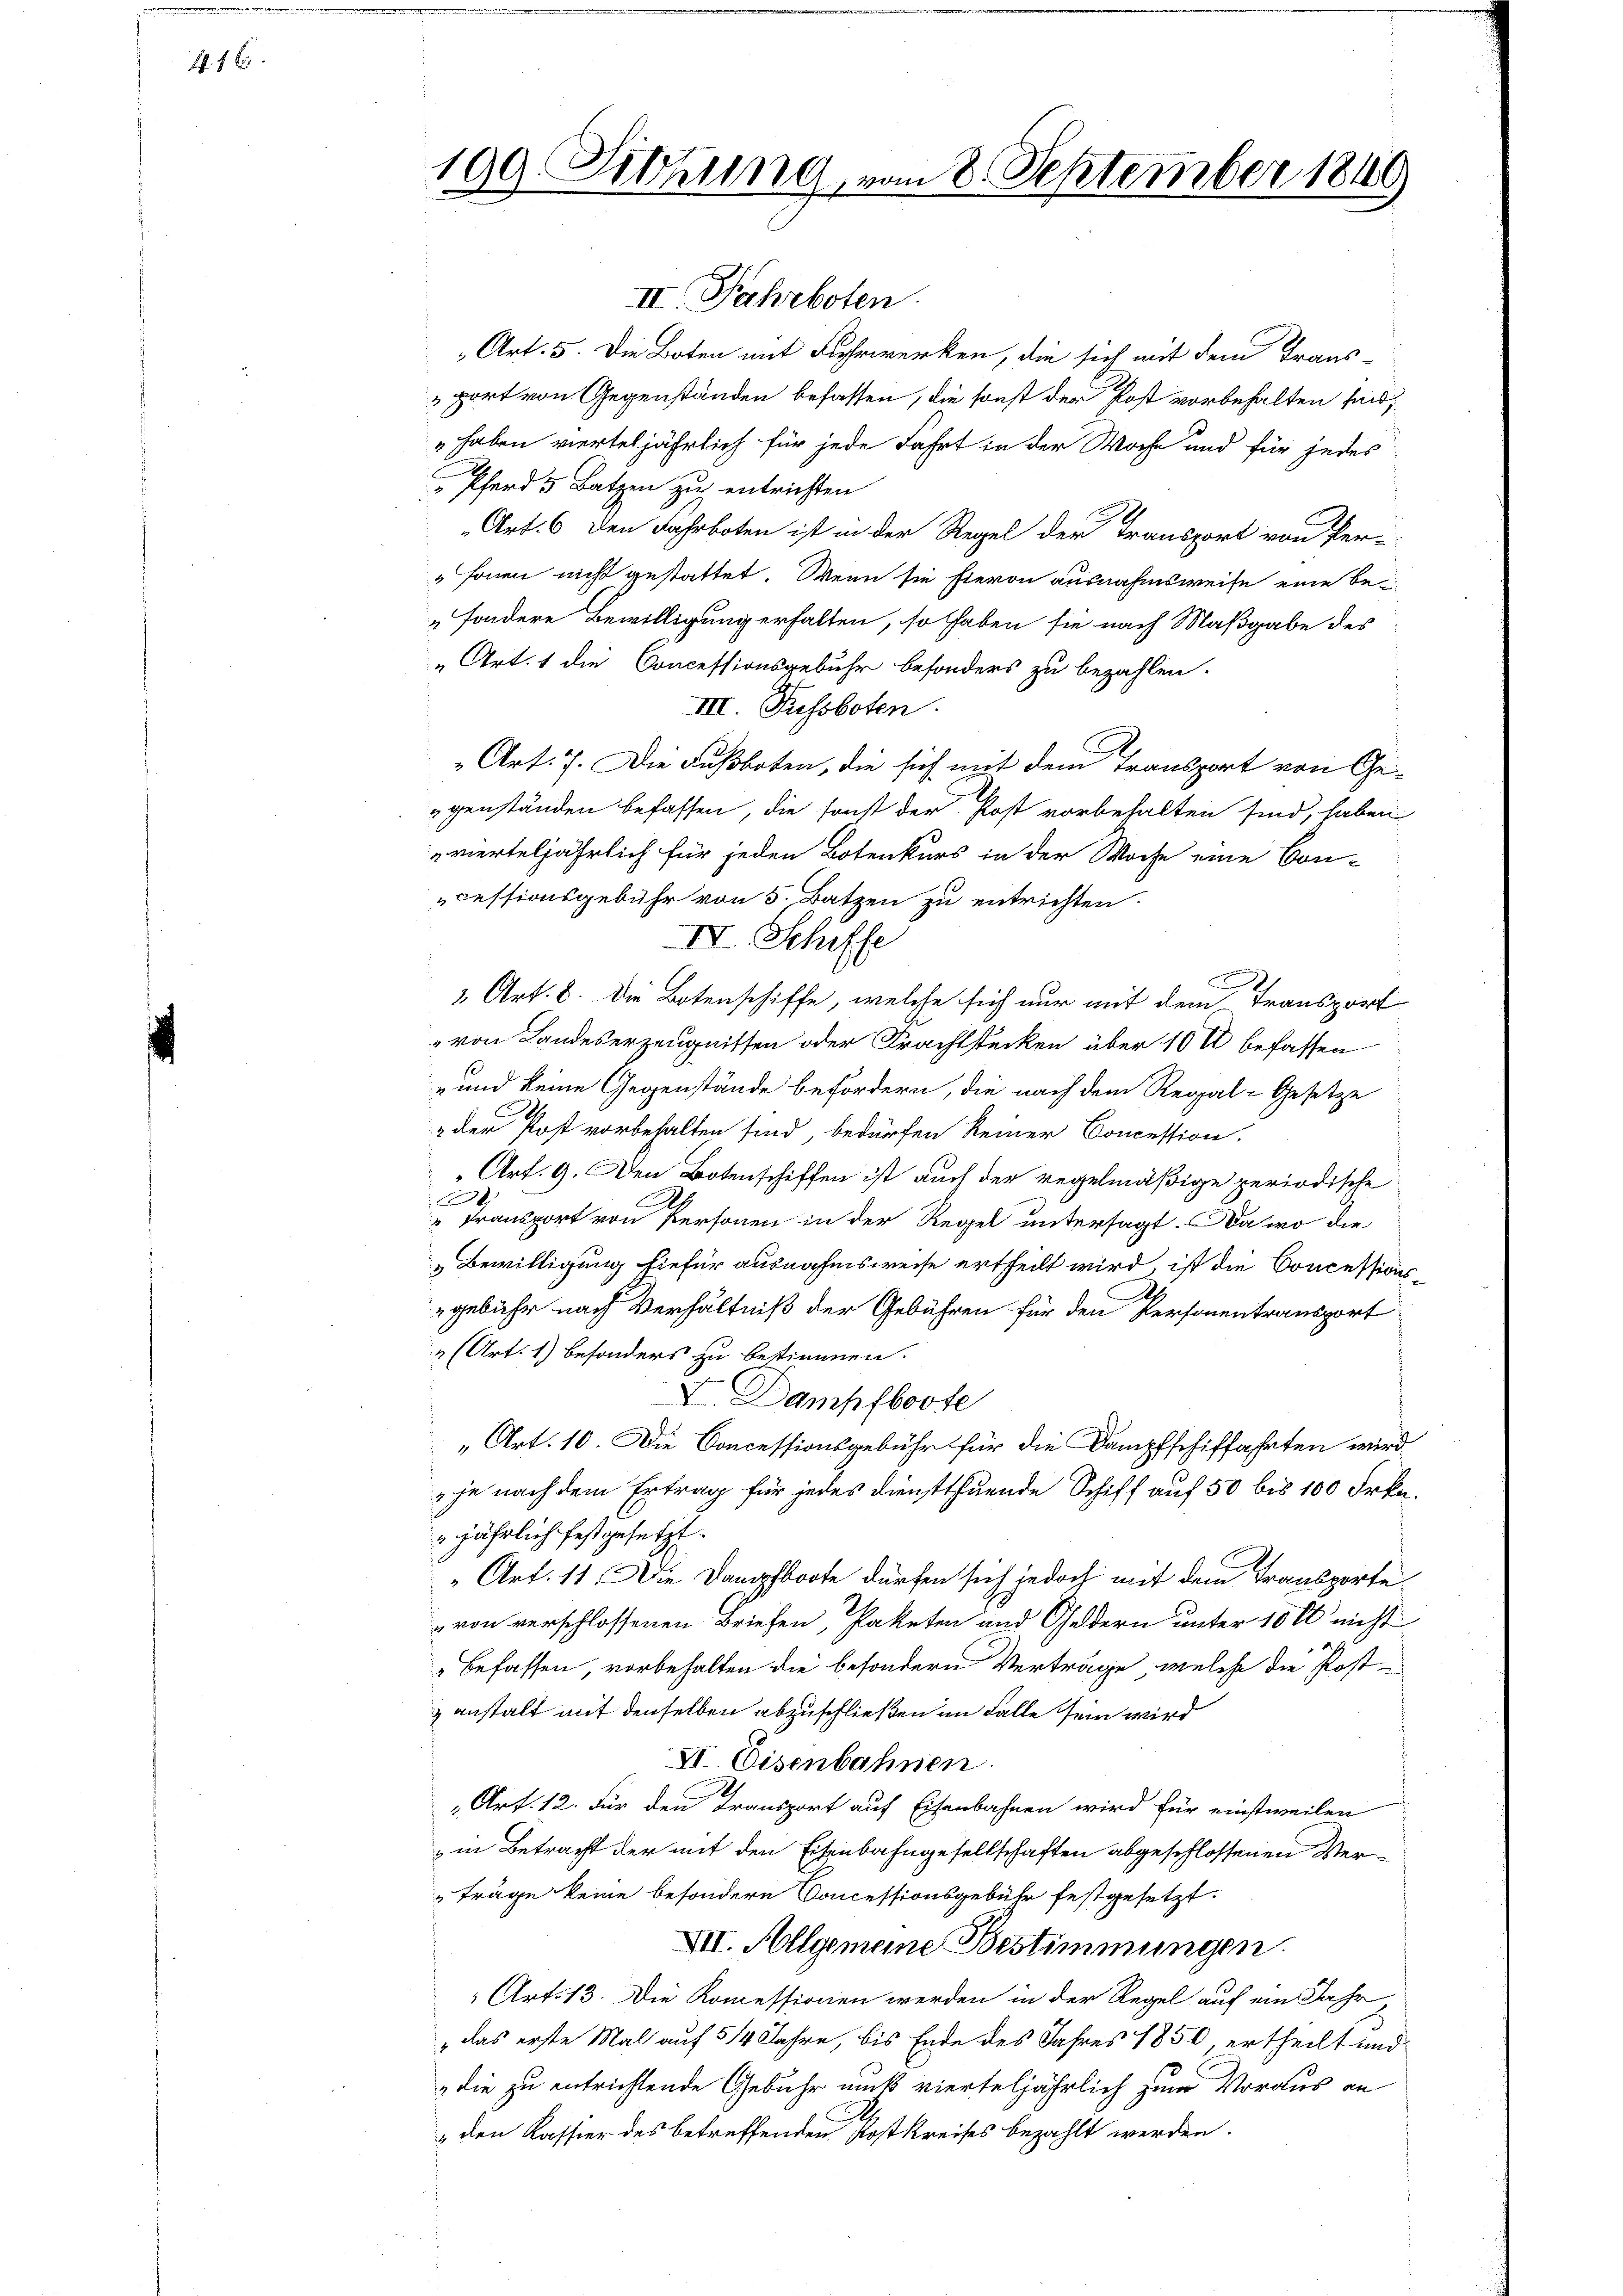
H 1 x

109. Sitzung vom 8. September 1849

II. Fahrboten.
Art. 5. Die Boten mit Fuhrwerken, die sich mit dem Trans-
port von Gegenständen befassen, die sonst der Post vorbehalten sind,
haben vierteljährlich für jede Fahrt in der Woche und für jedes
Pferd 5 Batzen zu entrichten
Art. 6 den Jahrboten ist in der Regel der Transport von Per-
fonen nicht gestattet. Wenn sie hieron ausnahmsweise eine besondere Bewilligung erhalten, so haben sie nach Maßgabe des
Art. 1 die Concessionsgebühr besonders zu bezahlen.
III. Pussboten.
Art. 7. Die Fußboten, die sich mit dem Transport von Ge-
genständen befassen, die sonst der Post vorbehalten sind, haben
vierteljährlich für jeden Botenkurs in der Woche eine Con-
cessionsgebühr von 5. Batzen zu entrichten.
IV. Schiffe
.
2 Art. 8. Die Botenschiffe, welche sich nur mit dem Transport
von Landeserzeugnissen oder Frachtstecken über 10 t befassen
-und keine Gegenstände befördern, die nach dem Regal-Gesetze
der Post vorbehalten sind, bedürfen keiner Concession.
Art. 9. Den Botenschiffen ist auch der regelmäßige periodische
t
a
Transport von Personen in der Regel untersagt. Da wo die
Bewilligung hiefür ausnahmsweise ertheilt wird, ist die Concessions
gebühr nach Verhältniß der Gebühren für den Personentransport
 (Art. 1) besonders zu bestimmen.
Dampfboote
„Art. 10. Die Concessionsgebühr für die Dampfschiffahrten wird
je nach dem Ertrag für jedes Dienstthuende Schiff auf 50 bis 100 Frkn.
jährlich festgesetzt.
„Art. 11. Die Dampfboote dürfen sich jedoch mit dem Transportevon verschlossenen Briefen, Paketen und Geldern unter 10 l nicht
Befassen, vorbehalten die besondern Verträge, welche die Postanstalt mit denselben abzuschließen im Falle sein wird
XI. Eisenbahnen.
Art. 12. Für den Transport auf Eisenbahnen wird für einstweilen
in Betracht der mit den Eisenbahngesellschaften abgeschlossenen Verträge keine besondern Concessionsgebühr festgesetzt.
XII. Allgemeine Bestimmungen.
 Art. 13. Die Komessionen werden in der Regel auf ein Jahr
"das erste Mal auf 514 Jahre, bis Ende des Jahres 1850, ertheilt und
die zu entrichtende Gebühr rück vierteljährlich zum Voraus an
den Kassier des betreffenden Kostkreises bezahlt werden.